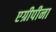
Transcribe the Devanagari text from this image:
एग्रीपीना